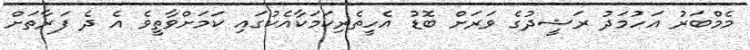
މެމްބަރު އަހުމަދު ރަޝީދުގެ ވަރަށް ބޮޑު އެހީތެރިކަމަކާއެކުގައި ކަމަށްވާތީވެ އެ ދެ ފަރާތަށް